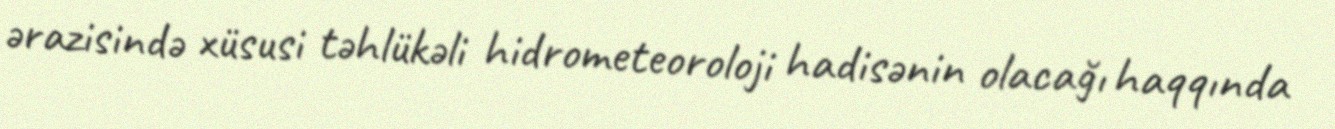
ərazisində xüsusi təhlükəli hidrometeoroloji hadisənin olacağı haqqında